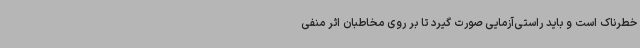
خطرناک است و باید راستی‌آزمایی صورت گیرد تا بر روی مخاطبان اثر منفی